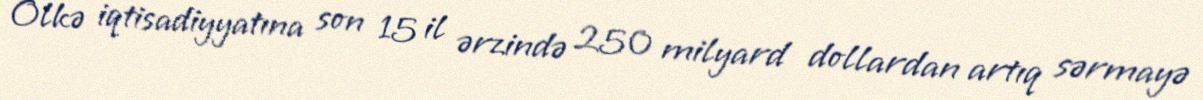
Ölkə iqtisadiyyatına son 15 il ərzində 250 milyard dollardan artıq sərmayə